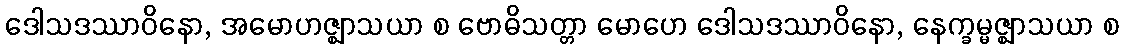
ဒေါသဒဿာဝိနော, အမောဟဇ္ဈာသယာ စ ဗောဓိသတ္တာ မောဟေ ဒေါသဒဿာဝိနော, နေက္ခမ္မဇ္ဈာသယာ စ